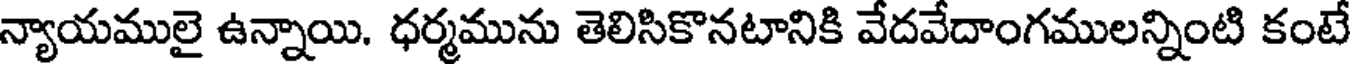
న్యాయములై ఉన్నాయి. ధర్మమును తెలిసికొనటానికి వేదవేదాంగములన్నింటి కంటే